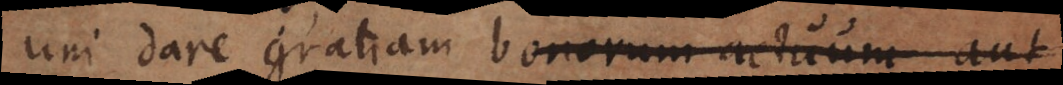
uni dare gratiam bonorum actuum aut